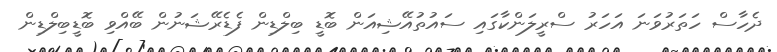
ދެހާސް ހަތަރުވަނަ އަހަރު ސްރީލަންކާގައި ސައުތުއޭޝިއަން ބޮޑީ ބިލްޑިން ފެޑެރޭޝަނުން ބޭއްވި ބޮޑީބިލްޑިން